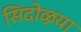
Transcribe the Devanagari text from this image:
सिंदोळ्या